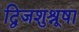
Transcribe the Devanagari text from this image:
द्विजशुश्रूषा